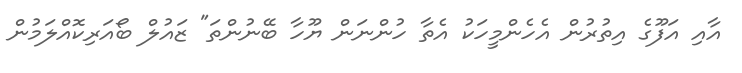
އާއި އަފޫގެ އިތުރުން އެހެންމީހަކު އެތާ ހުންނަން ޔޫހާ ބޭނުންތަ" ޒައުލް ބޯއަރިކޮއްލަމުން